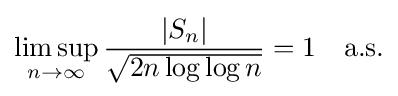
\limsup _{n\to \infty }{\frac {|S_{n}|}{\sqrt {2n\log \log n}}}=1\quad {\text{a.s.}}